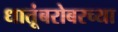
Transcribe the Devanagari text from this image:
धातूंबरोबरच्या